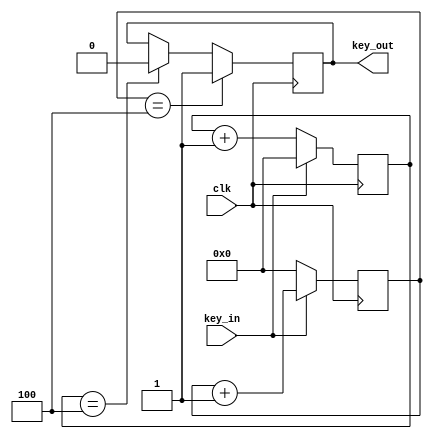
`timescale 1ns / 1ps
//////////////////////////////////////////////////////////////////////////////////
// Company: 
// Engineer: 
// 
// Design Name: 
// Module Name: key_fangdou
// Project Name: 
// Target Devices: 
// Tool Versions: 
// Description: 
// 
// Dependencies: 
// 
// Revision:
// Revision 0.01 - File Created
// Additional Comments:
// 
//////////////////////////////////////////////////////////////////////////////////


module key_fangdou(clk,key_in,key_out);
parameter SAMPLE_TIME = 4;
input clk;
input key_in;
output key_out;

reg [21:0] count_low;
reg [21:0] count_high;

reg key_out_reg;

always @(posedge clk)
if(key_in ==1'b0)
count_low <= count_low + 1;
else
count_low <= 0;

always @(posedge clk)
if(key_in ==1'b1)
count_high <= count_high + 1;
else
count_high <= 0;

always @(posedge clk)
if(count_high == SAMPLE_TIME)
key_out_reg <= 1;
else if(count_low == SAMPLE_TIME)
key_out_reg <= 0;

assign key_out = key_out_reg;
endmodule